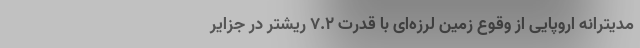
مدیترانه اروپایی از وقوع زمین لرزه‌ای با قدرت ۷.۲ ریشتر در جزایر